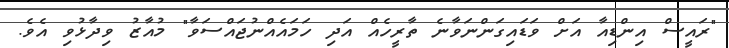
"ރައީސް އިންޑިއާ އަށް ވަޑައިގަންނަވާނެ ތާރީހެއް އަދި ހަމައެއްނުޖައްސަވާ" މުއާޒު ވިދާޅުވި އެވެ.